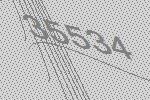
35534